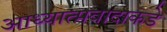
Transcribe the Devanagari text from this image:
आध्यात्मवादाकडे